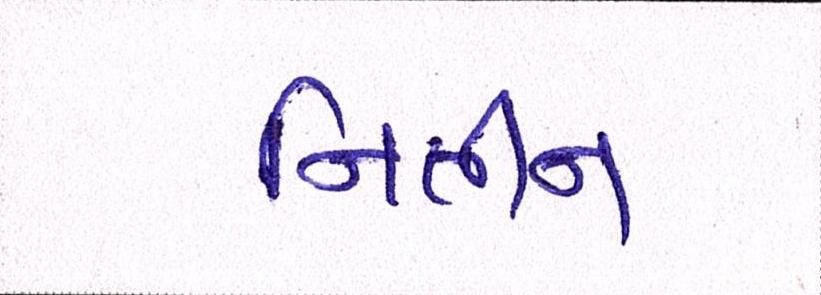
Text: નિતીન